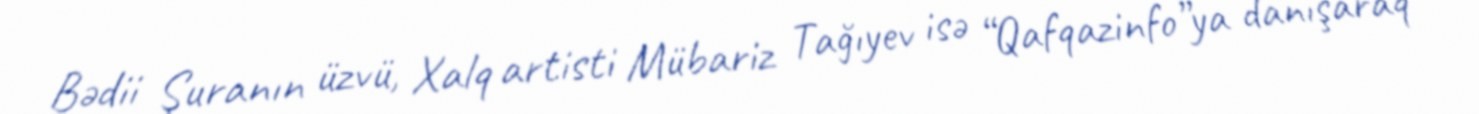
Bədii Şuranın üzvü, Xalq artisti Mübariz Tağıyev isə “Qafqazinfo”ya danışaraq